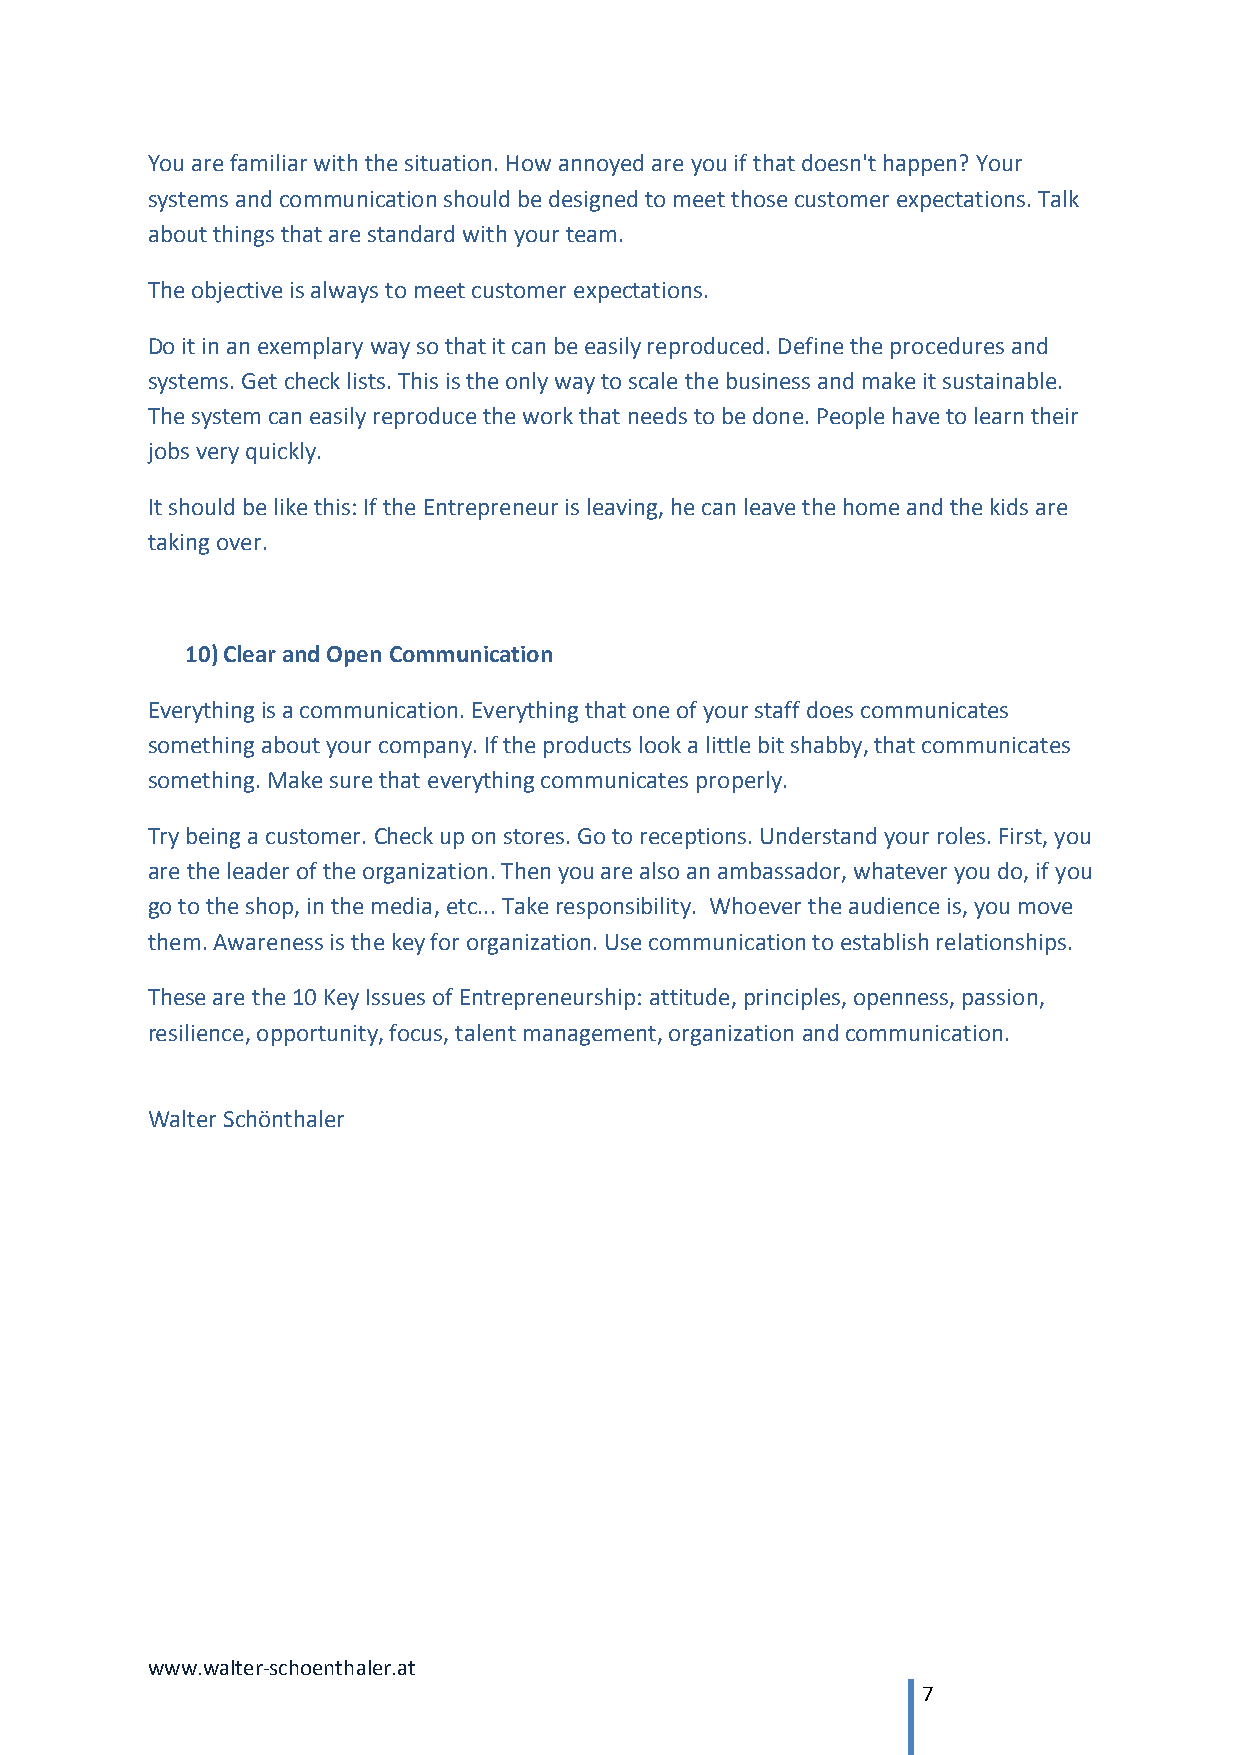
You are familiar with the situation. How annoyed are you if that doesn't happen? Your
 systems and communication should be designed to meet those customer expectations. Talk
 about things that are standard with your team.
 The objective is always to meet customer expectations.
 Do it in an exemplary way so that it can be easily reproduced. Define the procedures and
 systems. Get check lists. This is the only way to scale the business and make it sustainable.
 The system can easily reproduce the work that needs to be done. People have to learn their
 jobs very quickly.
 It should be like this: If the Entrepreneur is leaving, he can leave the home and the kids are
 taking over.
 10) Clear and Open Communication
 Everything is a communication. Everything that one of your staff does communicates
 something about your company. If the products look a little bit shabby, that communicates
 something. Make sure that everything communicates properly.
 Try being a customer. Check up on stores. Go to receptions. Understand your roles. First, you
 are the leader of the organization. Then you are also an ambassador, whatever you do, if you
 go to the shop, in the media, etc... Take responsibility. Whoever the audience is, you move
 them. Awareness is the key for organization. Use communication to establish relationships.
 These are the 10 Key Issues of Entrepreneurship: attitude, principles, openness, passion,
 resilience, opportunity, focus, talent management, organization and communication.
 Walter Schönthaler
 www.walter-schoenthaler.at
 7